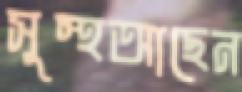
সুস্থআছেন